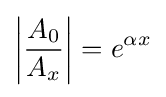
\left|{\frac {A_{0}}{A_{x}}}\right|=e^{\alpha x}